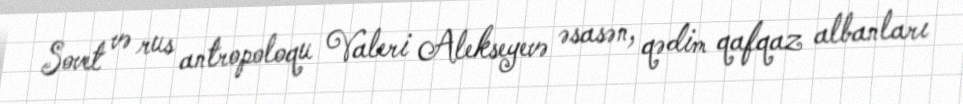
Sovet və rus antropoloqu Valeri Alekseyevə əsasən, qədim qafqaz albanları